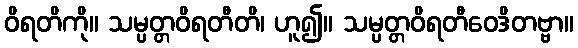
ဝိရတိကို။ သမ္ပတ္တဝိရတီတိ၊ ဟူ၍။ သမ္ပတ္တဝိရတီဝေဒိတဗ္ဗာ။